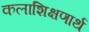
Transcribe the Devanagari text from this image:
कलाशिक्षणार्थ